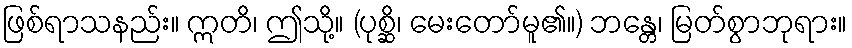
ဖြစ်ရာသနည်း။ ဣတိ၊ ဤသို့။ (ပုစ္ဆိ၊ မေးတော်မူ၏။) ဘန္တေ၊ မြတ်စွာဘုရား။